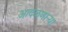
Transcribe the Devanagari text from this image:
आदळणार्‍या